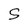
Character: S